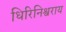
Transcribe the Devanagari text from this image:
धिरिनिश्वराय